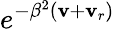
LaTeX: e^{-\beta^{2}(\mathbf{v}+\mathbf{v}_{r})}